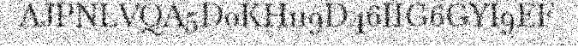
AJPNLVQA5D0KH119D46IIG6GYI9EF